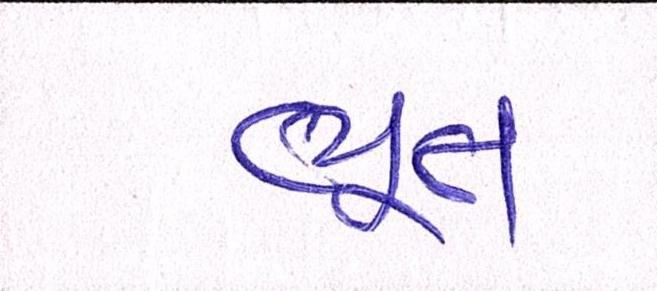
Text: ભૂત